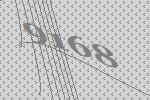
9168